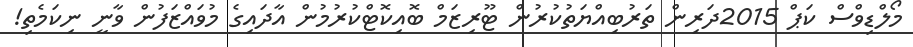
މޯލްޑިވްސް ކަޕް 2015ދަރިން ތަރުބިއްޔަތުކުރުން ޓޫރިޒަމް ބޮއިކޮޓްކުރުމުން އާދައިގެ މުވައްޒަފުން ވާނީ ނިކަމެތި!